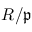
R / { \mathfrak { p } }